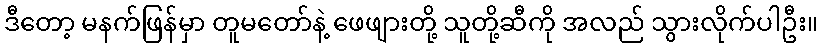
ဒီတော့ မနက်ဖြန်မှာ တူမတော်နဲ့ ဖေဖျားတို့ သူတို့ဆီကို အလည် သွားလိုက်ပါဦး။